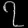
Digit: ၇